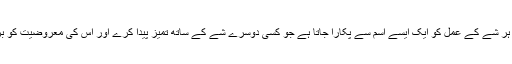
اس لحاظ سے ہر شے کے عمل کو ایک ایسے اِسم سے پکارا جاتا ہے جو کسی دوسرے شے کے ساتھ تمیز پیدا کرے اور اس کی معروضیت کو برقرار رکھے۔